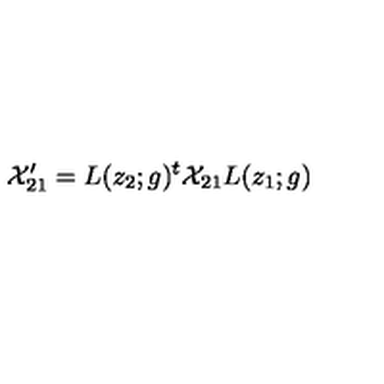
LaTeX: { \cal X } _ { 2 1 } ^ { \prime } = L ( z _ { 2 } ; g ) ^ { t } { \cal X } _ { 2 1 } L ( z _ { 1 } ; g ) ~